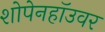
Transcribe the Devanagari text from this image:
शोपेनहॉउवर